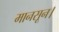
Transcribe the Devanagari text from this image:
मानसून।